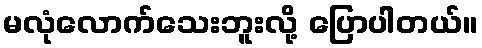
မလုံလောက်သေးဘူးလို့ ပြောပါတယ်။